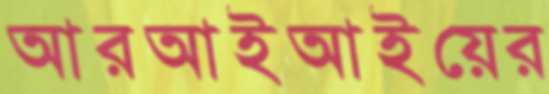
আরআইআইয়ের